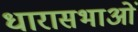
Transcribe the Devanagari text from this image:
धारासभाओं